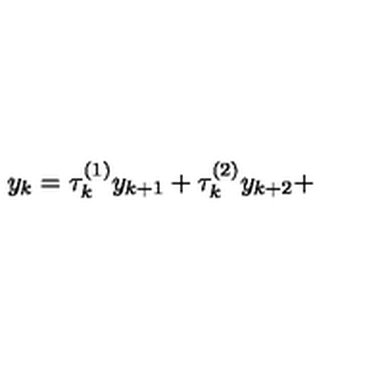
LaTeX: y _ { k } = \tau _ { k } ^ { ( 1 ) } y _ { k + 1 } + \tau _ { k } ^ { ( 2 ) } y _ { k + 2 } +